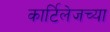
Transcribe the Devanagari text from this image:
कार्टिलेजच्या